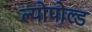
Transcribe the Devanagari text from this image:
ल्योपोल्ड